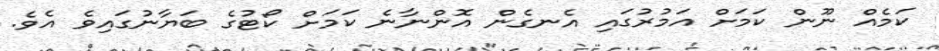
ކަމެއް ނޫން ކަމަށް އަމުރުގައި އެނގެން އޮންނާނެ ކަމަށް ކޯޓުގެ ބަޔާނުގައިވެ އެވެ.